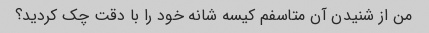
من از شنیدن آن متاسفم کیسه شانه خود را با دقت چک کردید؟